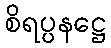
စိရပ္ပနဋ္ဌေ